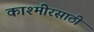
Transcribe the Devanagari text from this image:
काश्मीरसाठी